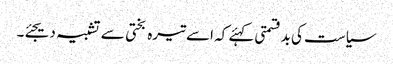
سیاست کی بدقسمتی کہئے کہ اسے تیرہ بختی سے تشبیہ دیجئے۔